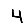
Digit: 4